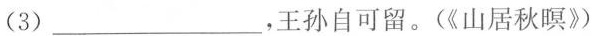
(3)_，王孙自可留。(《山居秋暝》）